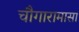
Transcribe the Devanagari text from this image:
चौगारामासा